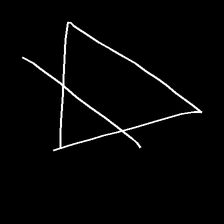
Glyph: empower